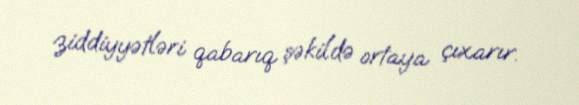
ziddiyyətləri qabarıq şəkildə ortaya çıxarır.